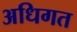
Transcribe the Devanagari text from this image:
अधिगत